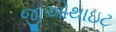
જીઓથાઇટ